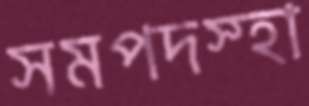
সমপদস্হা